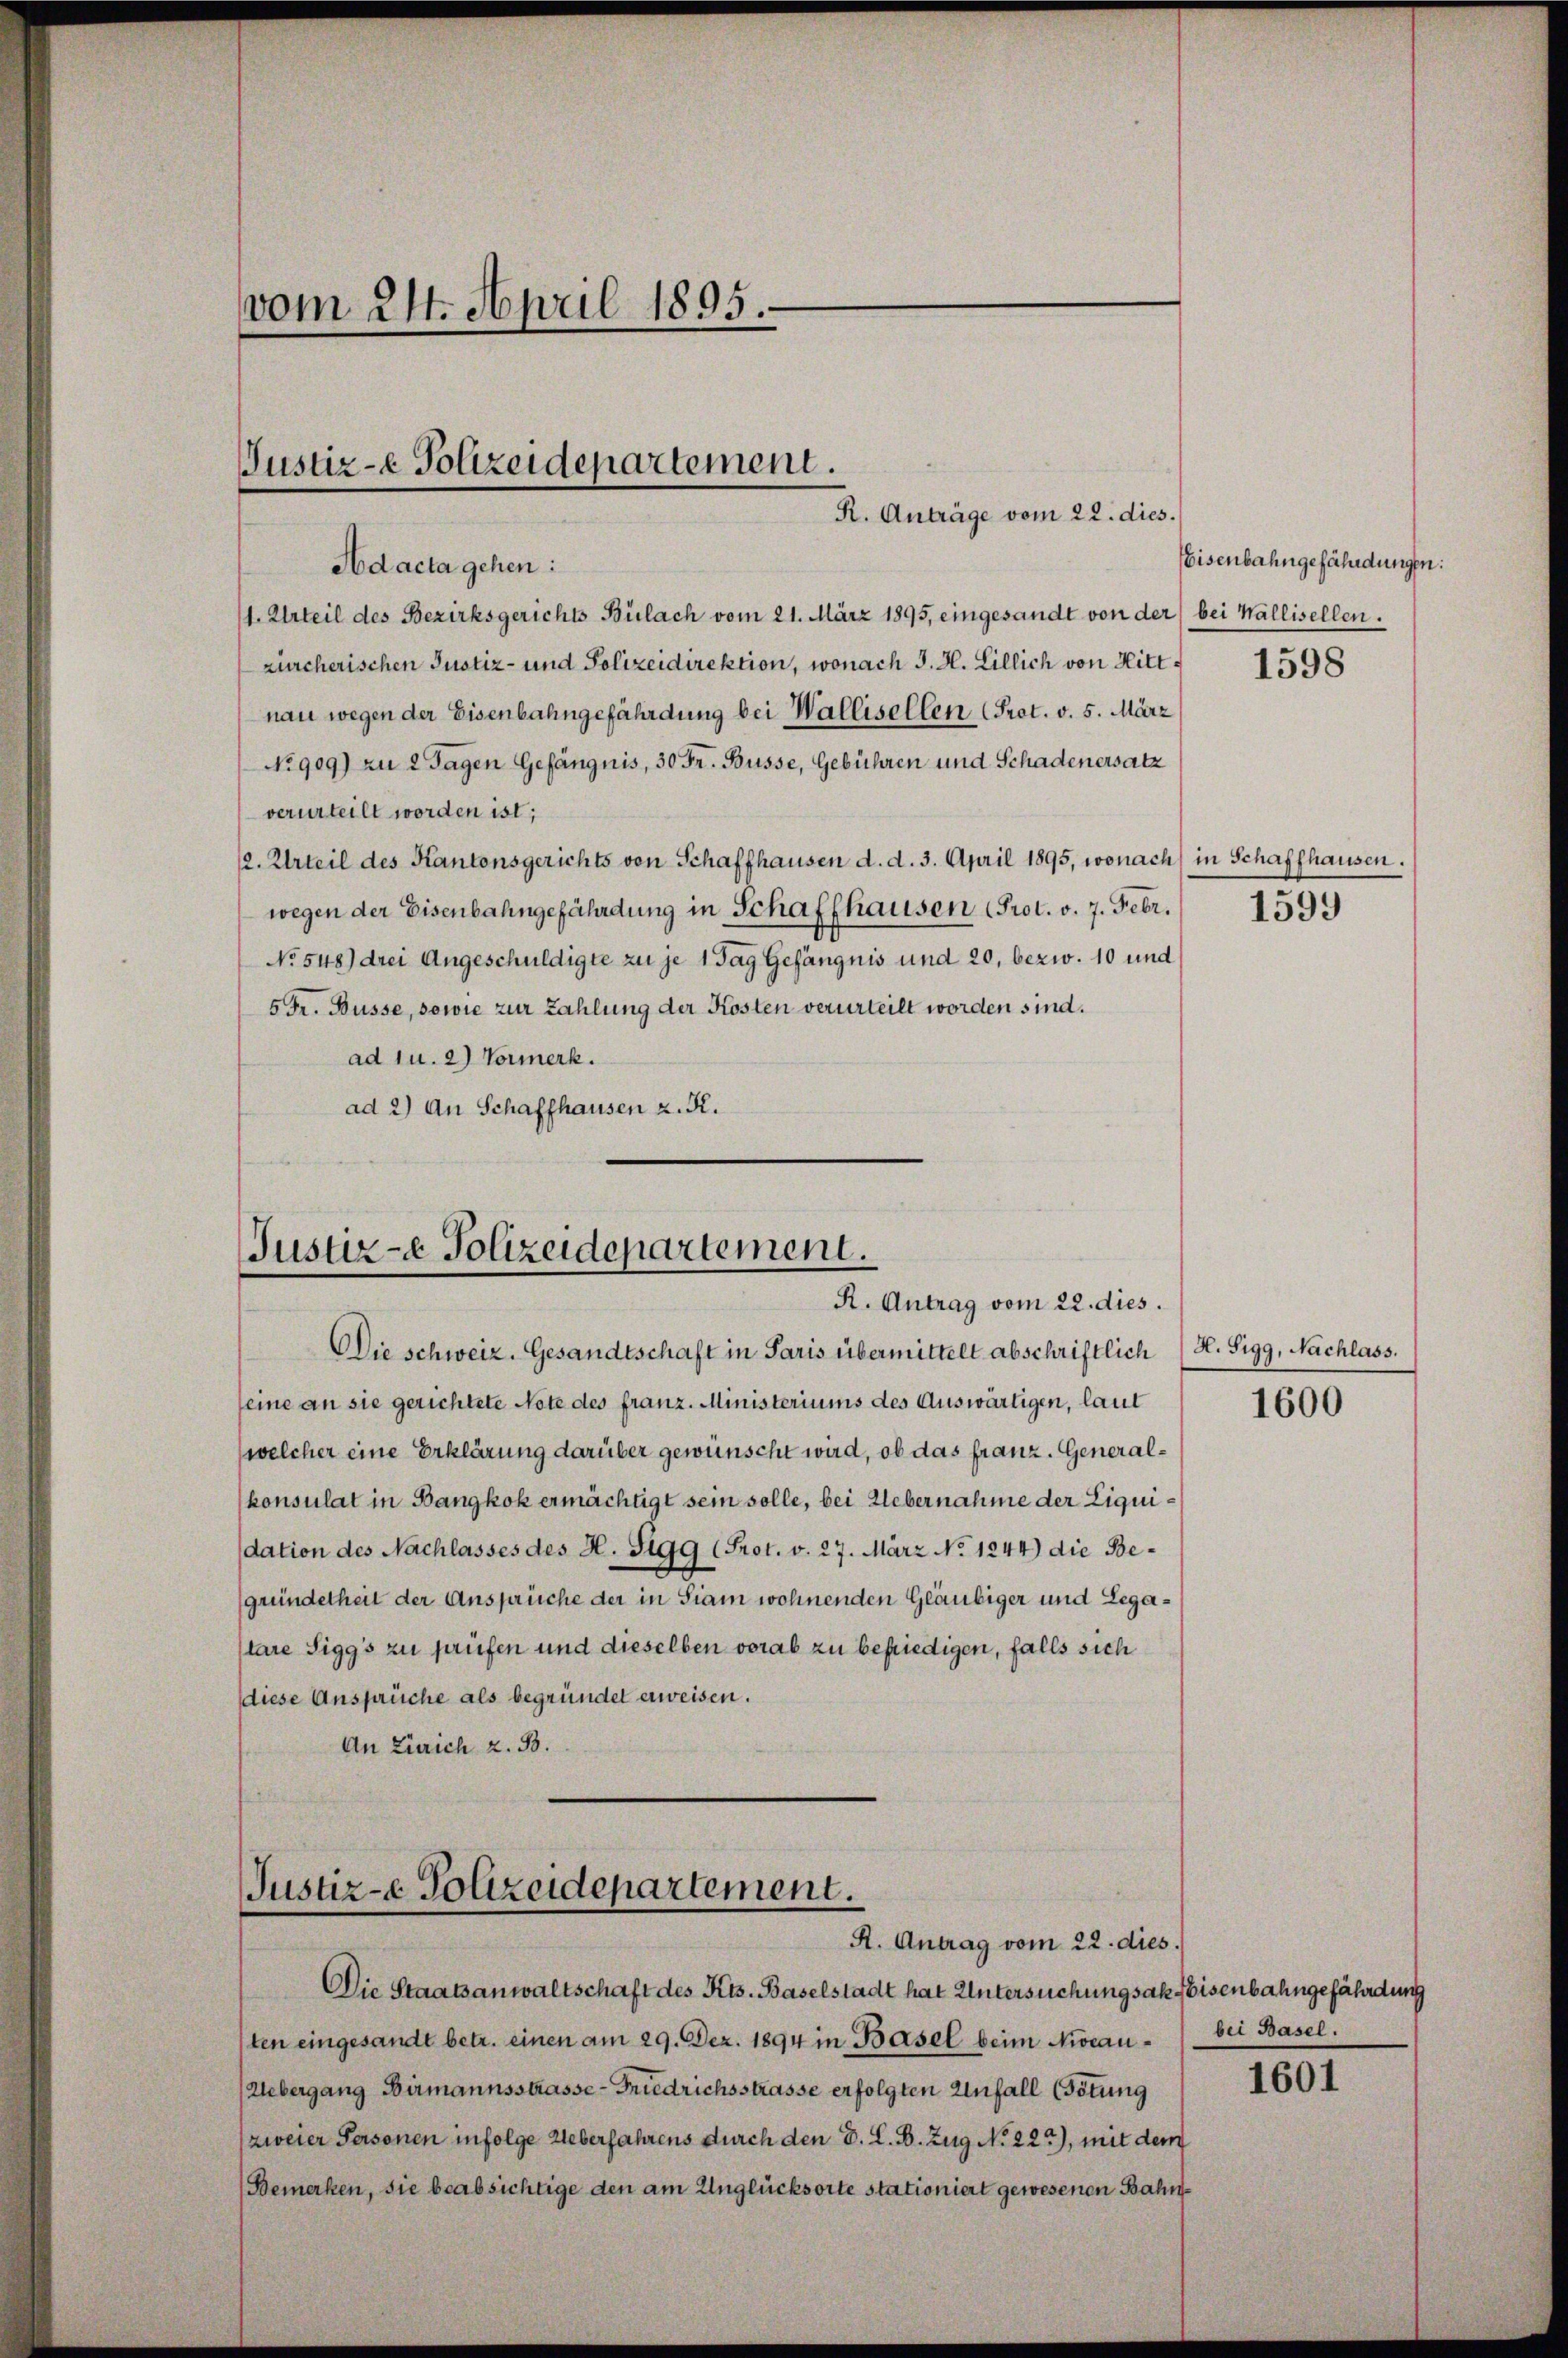
vom 24. April 1895.

Ad acta gehen:
11. Urteil des Bezirksgerichts Bülach vom 21. März 1895, eingesandt von der bei Wallisellen.
zürcherischen Justiz- und Polizeidirektion, wonach J. H. Lillich von Hittnau wegen der Eisenbahngefährdung bei Wallisellen (Prot. v. 5. März
No 909) zu 2 Tagen Gefängnis, 30 Fr. Büsse, Gebühren und Schadenersatz
verurteilt worden ist;
/2. Urteil des Kantonsgerichts von Schaffhausen d. d. 3. April 1895, wonach in Schaffhausen.
wegen der Eisenbahngefährdung in Schaffhausen Prot. v. 7. Febr.
No 548) drei Angeschuldigte zu je 1 Tag Gefängnis und 20, bezw. 10 und
5 Fr. Büsse, sowie zur Zahlung der Kosten verurteilt worden sind.
ad u. 2) Vormerk.
ad 2) An Schaffhausen z. R.

R. Anträge vom 22. dies.

Justiz-e Polizeidepartement.

Justiz- Polizeidepartement.
R. Antrag vom 22. dies.

lare Sigg’s zu prüfen und dieselben vorab zu befriedigen, falls sich
diese Ansprüche als begründet erweisen.
An Zürich z. B.

Die schweiz. Gesandtschaft in Paris übermittelt abschriftlich (H. Sigg, Nachlass.
seine an sie gerichtete Note des franz. Ministeriums des Auswärtigen, laut
(welcher eine Erklärung darüber gewünscht wird, ob das franz. Generalkonsulat in Bangkok ermächtigt sein solle, bei Uebernahme der Liquidation des Nachlasses des H. Sigg (Prot. v. 27. März No. 1244) die Begründetheit der Ansprüche der in Siam wohnenden Gläubiger und Lega¬

Justiz-e Polizeidepartement.
R. Antrag vom 22. dies.

Die Staatsanwaltschaft des Kts. Baselstadt hat Untersuchungsak Eisenbahngefährdung
ten eingesandt betr. einen am 29. Dez. 1894 in Basel beim Niveau - bei Basel.
Uebergang Birmannsstrasse - Friedrichsstrasse erfolgten Unfall (Tötung
zweier Personen infolge Ueberfahrens durch den d. L. B. Zug No 223), mit dem
Bemerken, sie beabsichtige den am Unglücksorte stationiert gewesenen Bahn¬

Eisenbahngefährdungen:

1598

1599

1600

1601